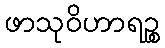
ဖာသုဝိဟာရဉ္စ